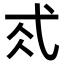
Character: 𢎂